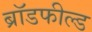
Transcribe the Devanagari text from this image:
ब्रॉडफील्ड